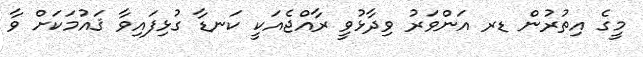
މީގެ އިތުރުން ޑރ އަންވަރު ވިދާޅުވީ ރާއްޖެއަކީ ކަނޑާ ގުޅިފައިވާ ޤައުމަކަށް ވާ